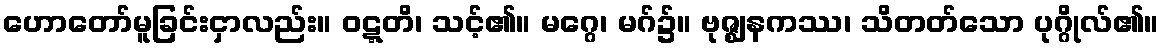
ဟောတော်မူခြင်းငှာလည်း။ ဝဋ္ဋတိ၊ သင့်၏။ မဂ္ဂေ၊ မဂ်၌။ ဗုဇ္ဈနကဿ၊ သိတတ်သော ပုဂ္ဂိုလ်၏။